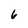
Character: 6